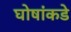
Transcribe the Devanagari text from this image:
घोषांकडे